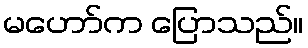
မဟော်က ပြောသည်။